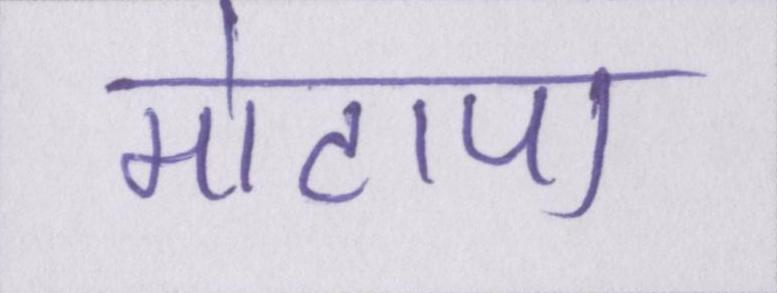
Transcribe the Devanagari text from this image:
मोटापा